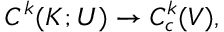
C ^ { k } ( K ; U ) \to C _ { c } ^ { k } ( V ) ,